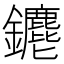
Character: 𨰅